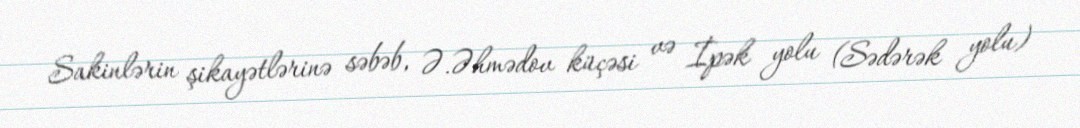
Sakinlərin şikayətlərinə səbəb, Ə.Əhmədov küçəsi və İpək yolu (Sədərək yolu)